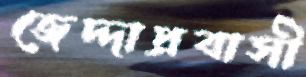
জেদ্দাপ্রবাসী